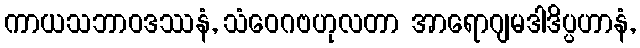
ကာယသဘာဝဒဿနံ, သံဝေဂဗဟုလတာ အာရောဂျမဒါဒိပ္ပဟာနံ,